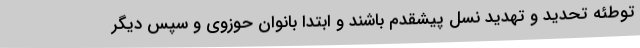
توطئه تحدید و تهدید نسل پیشقدم باشند و ابتدا بانوان حوزوی و سپس دیگر